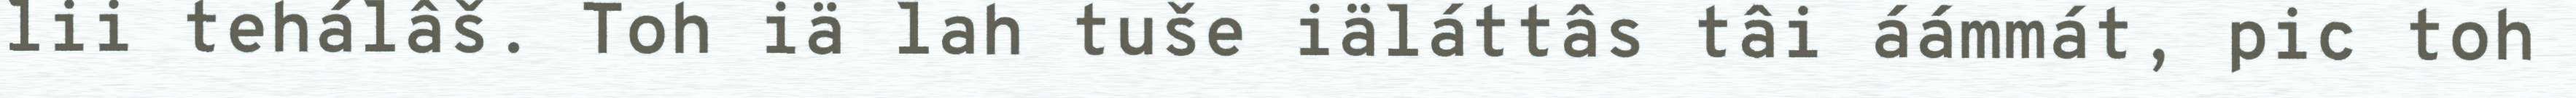
lii tehálâš. Toh iä lah tuše iäláttâs tâi áámmát, pic toh